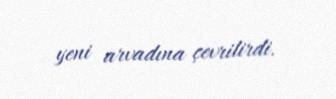
yeni arvadına çevrilirdi.